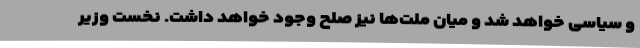
و سیاسی خواهد شد و میان ملت‌ها نیز صلح وجود خواهد داشت. نخست وزیر